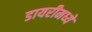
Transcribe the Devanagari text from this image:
डायरीमध्ये